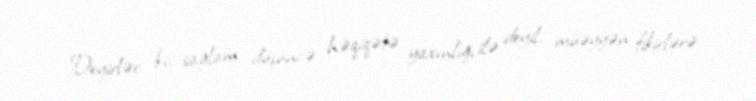
Deyirlər ki, sağlam düşüncə həqiqətə yaxınlığı ilə deyil, müəyyən fikirlərə